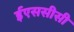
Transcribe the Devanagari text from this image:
ईएससीसी